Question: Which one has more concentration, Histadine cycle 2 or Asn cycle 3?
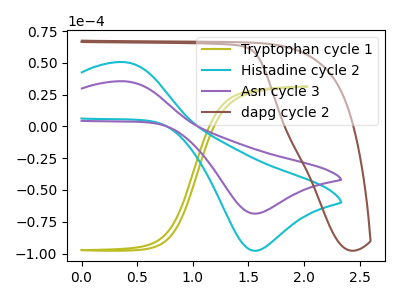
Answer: <think>The olive curve "Tryptophan cycle 1" has no peaks. The cyan curve "Histadine cycle 2" has an anodic peak at (0.40V, 50.55uA) and a cathodic peak at (1.55V, -97.80uA). The purple curve "Asn cycle 3" has an anodic peak at (0.40V, 35.50uA) and a cathodic peak at (1.55V, -68.60uA). The brown curve "dapg cycle 2" has no peaks.
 All the peaks in "Histadine cycle 2" have a peak in "Asn cycle 3" at the same potential. Every peak in "Histadine cycle 2" is higher than every peak in "Asn cycle 3".</think>
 <answer>"Histadine cycle 2" has more signal than "Asn cycle 3" and so likely has a higher concentration.</answer>
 <eval>more_concentration</eval>